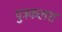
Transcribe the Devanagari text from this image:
पुत्रकलश